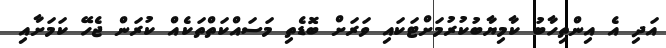
އަދި އެ އިންތިހާބު ކާމިޔާބުކުރުމަށްޓަކައި ވަރަށް ބޮޑެތި މަސައްކަތްތަކެއް ކުރަން ޖެހޭ ކަމަށާއި